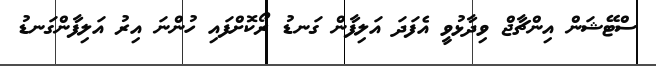
ސްޓޭޝަން އިންޗާޖް ވިދާޅުވީ އެފަދަ އަލިފާން ގަނޑު ރޯކޮށްފައި ހުންނަ އިރު އަލިފާންގަނޑު